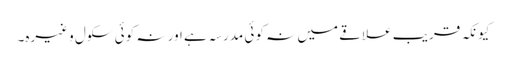
کیونکہ قریب علاقے میں نہ کوئی مدرسہ ہے اور نہ کوئی سکول وغیرہ۔